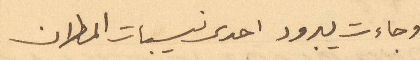
وجاءت يبرود احدى نسيبات المطران